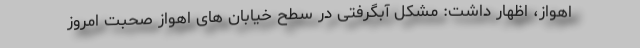
اهواز، اظهار داشت: مشکل آبگرفتی در سطح خیابان های اهواز صحبت امروز